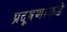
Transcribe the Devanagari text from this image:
प्रदूषणाकडे